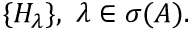
\{ H _ { \lambda } \} , \, \, \lambda \in \sigma ( A ) .